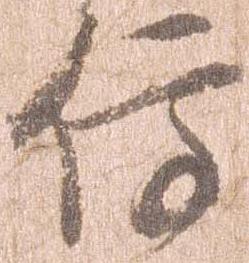
停